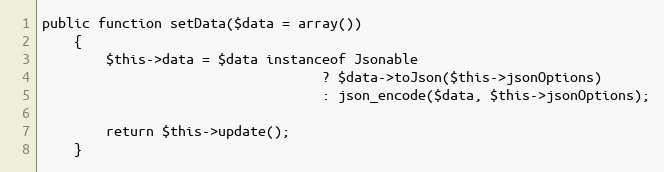
Language: PHP
public function setData($data = array())
	{
		$this->data = $data instanceof Jsonable
								   ? $data->toJson($this->jsonOptions)
								   : json_encode($data, $this->jsonOptions);

		return $this->update();
	}